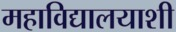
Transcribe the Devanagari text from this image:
महाविद्यालयाशी